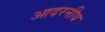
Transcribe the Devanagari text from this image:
आदरनीय